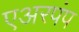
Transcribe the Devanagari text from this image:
एअरपंप